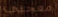
معجبي